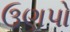
ઉણપો